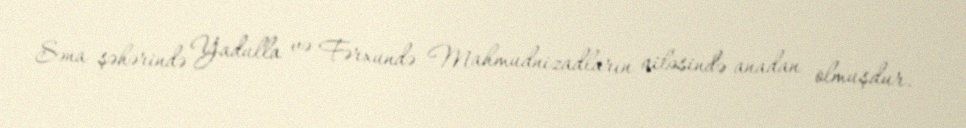
Səna şəhərində Yadulla və Fərxundə Mahmudnizadların ailəsində anadan olmuşdur.